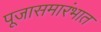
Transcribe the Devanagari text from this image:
पूजासमारंभात